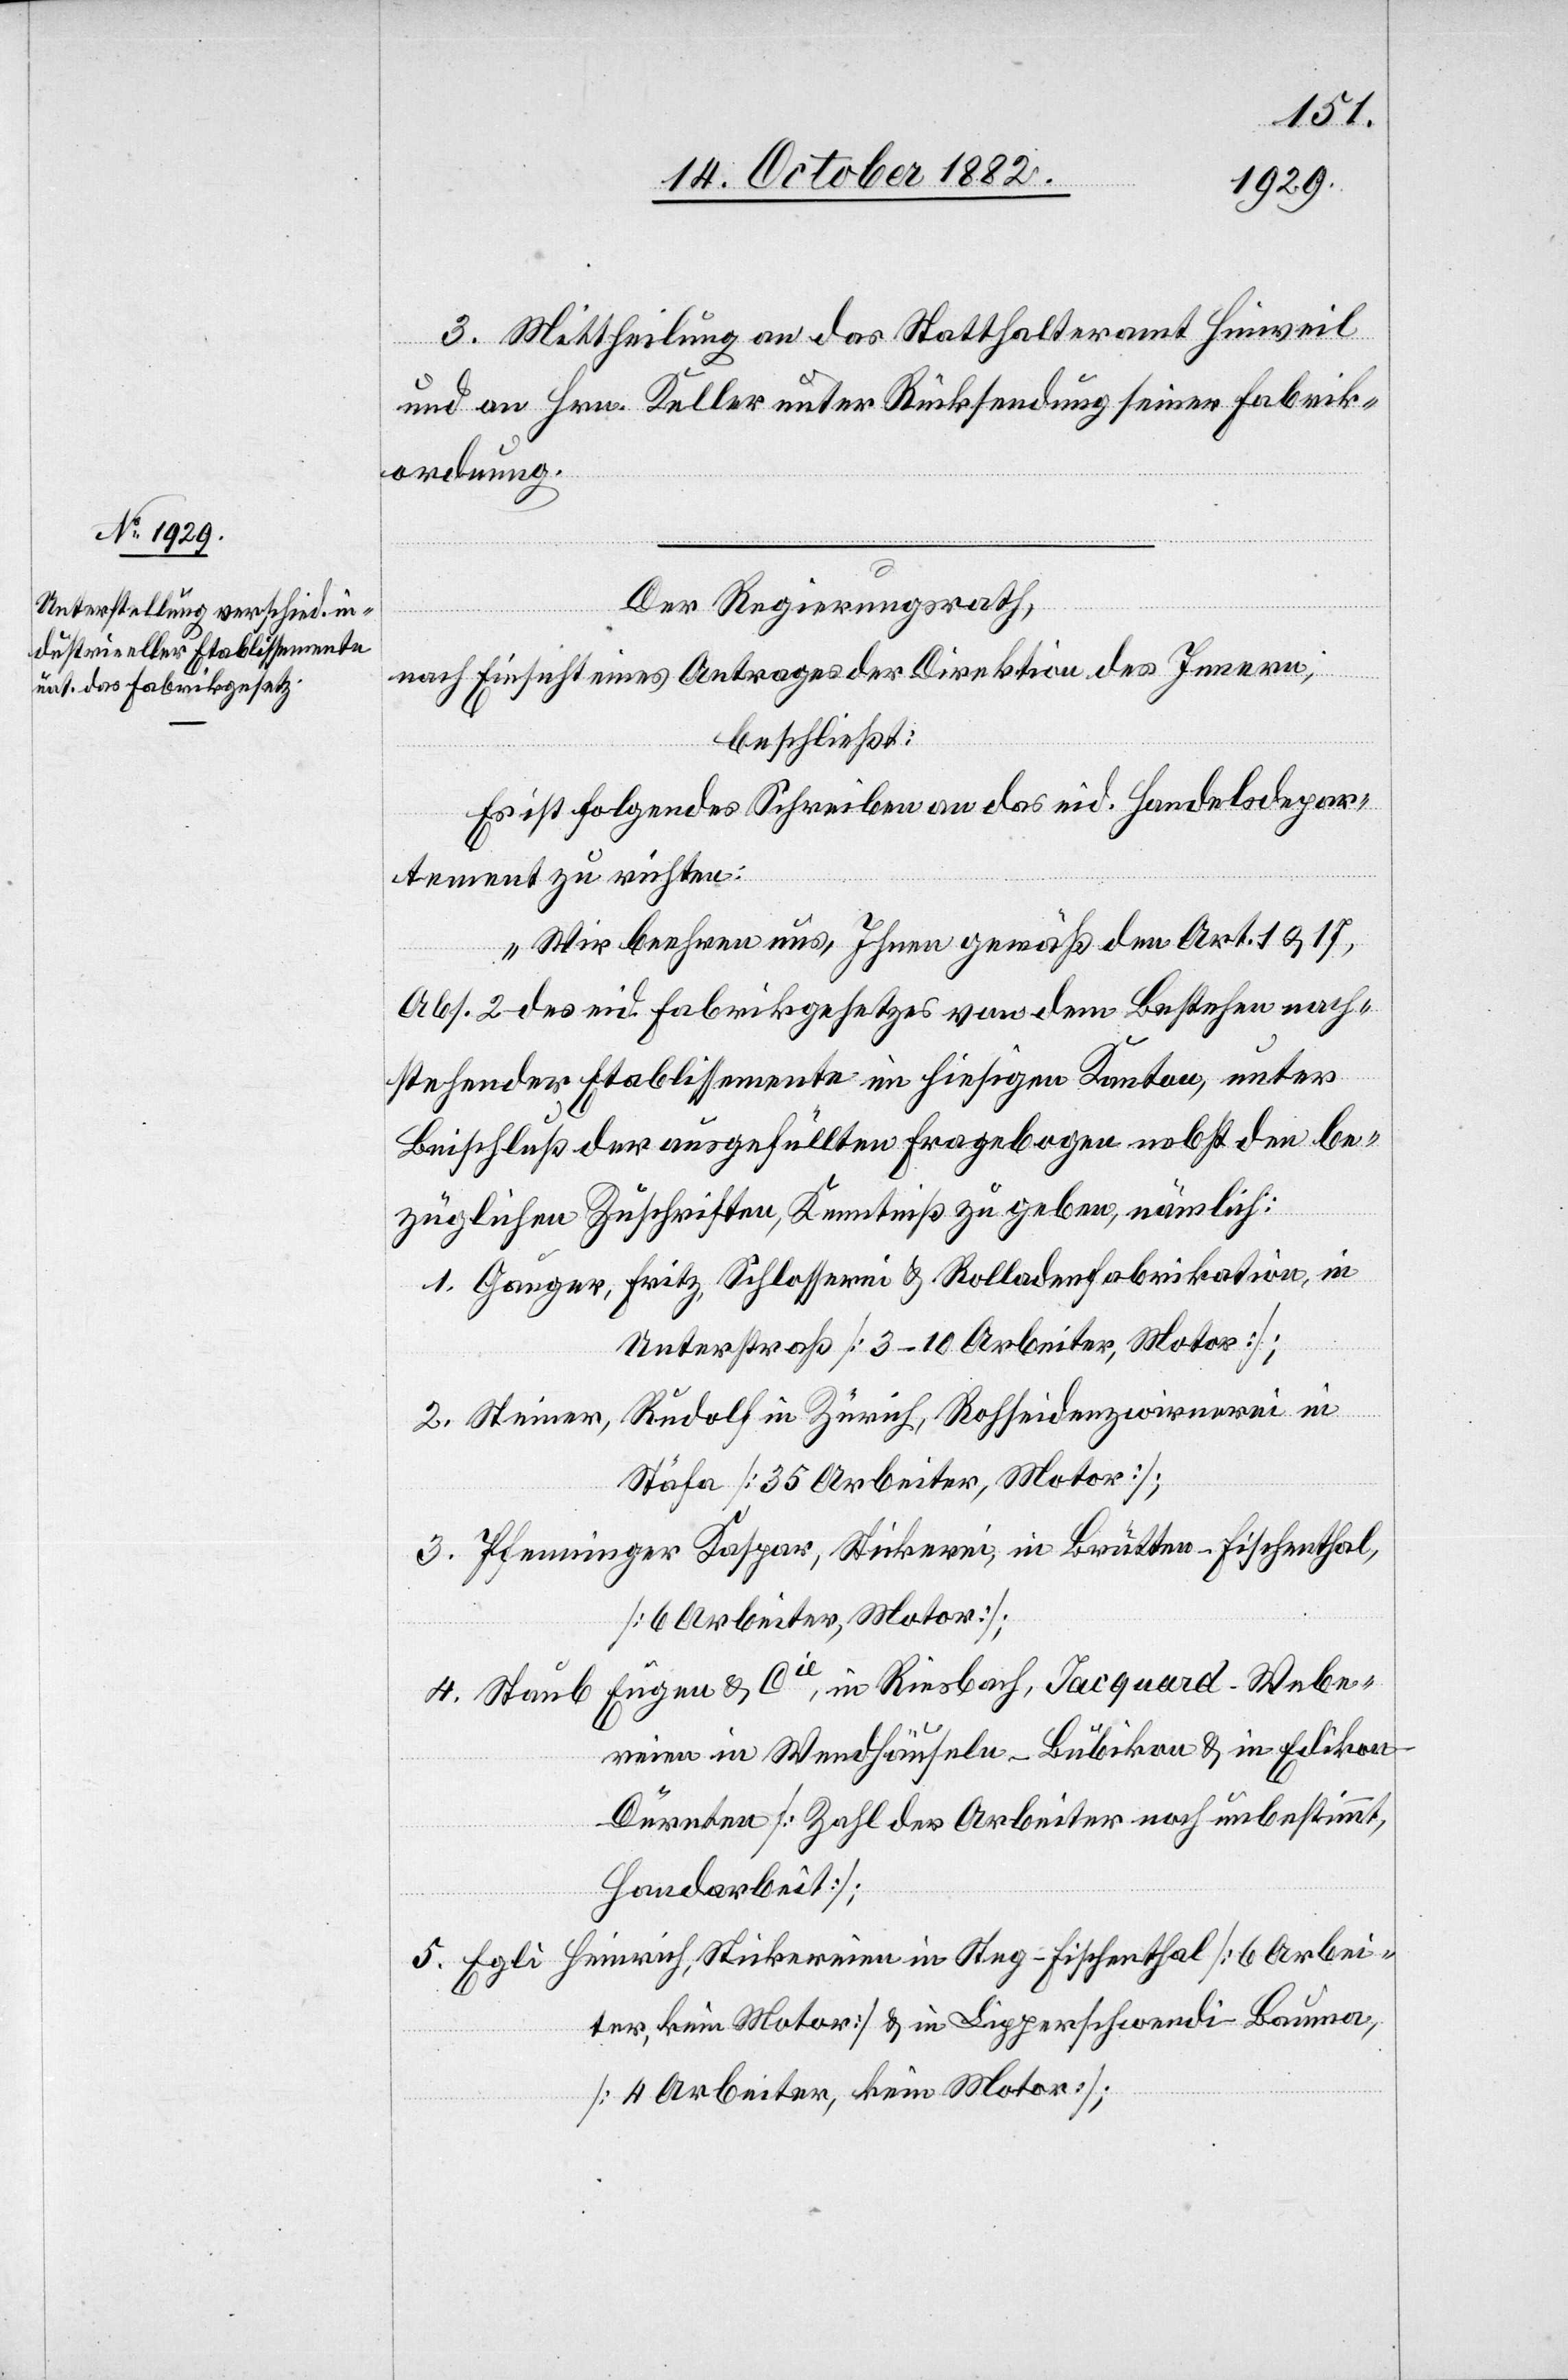
3. Mittheilung an das Statthalteramt Hinweil
und an Hrn. Keller unter Rücksendung seiner Fabrik¬
ordnung.
Der Regierungsrath,
nach Einsicht eines Antrages der Direktion des Innern,
beschließt:
Es ist folgendes Schreiben an das eid. Handelsdepar¬
tement zu richten:
„Wir beehren uns, Ihnen gemäß dem Art. 1 & 17,
Abs. 2 des eid. Fabrikgesetzes von dem Bestehen nach¬
stehender Etablissemente im hiesigen Kanton, unter
Beischluß der ausgefüllten Fragebogen nebst den be¬
züglichen Zuschriften, Kenntniß zu geben, nämlich:
1. Gauger, Fritz, Schlosserei & Rolladenfabrikation, in
Unterstraß [3–10 Arbeiter, Motor];
Rudolf in Zürich, Rohseidenzwirnerei in
2. Steiner,
Stäfa [35 Arbeiter, Motor];
3. Pfenninger Kaspar, Stickerei, in Brütten - Fischenthal,
[6 Arbeiter, Motor];
4. Staub Eugen & Cie, in Riesbach, Jacquard-Webe¬
reien in Wendhäuseln - Bubikon & in Edikon
Dürnten [Zahl der Arbeiter noch unbestimmt,
Handarbeit];
5. Egli Heinrich, Stickereien in Steg - Fischenthal [6 Arbei¬
ter, kein Motor]; & in Lipperschwendi - Bauma,
[4 Arbeiter, kein Motor];